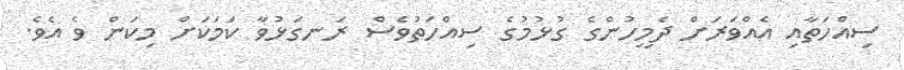
ސިއްހަތާއި އެއްވަރަށް ދެމީހުންގެ ގުޅުމުގެ ސިއްހަތުވެސް ރަނގަޅުވާ ކަމަކަށް މިކަން ވެ އެވެ.